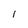
Character: l